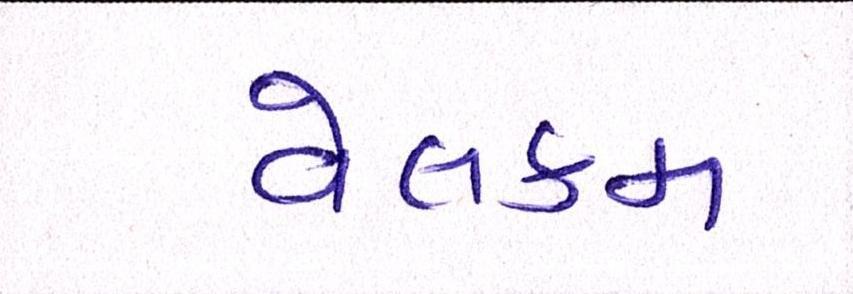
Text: વેલકમ